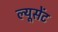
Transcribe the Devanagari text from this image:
ल्यूसेंट